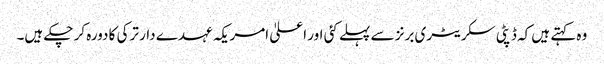
وہ کہتے ہیں کہ ڈپٹی سکریٹری برنز سے پہلے کئی اور اعلیٰ امریکہ عہدے دار ترکی کا دورہ کر چکے ہیں۔